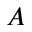
A